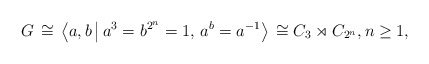
\begin{align*}G\,\cong\, \left\langle a, b\,\big\vert\, a^3 = b^{2^n} = 1,\, a^b = a^{-1}\right\rangle \,\cong C_3 \rtimes C_{2^n},n\geq 1,\end{align*}